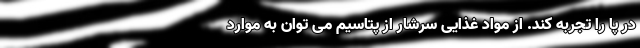
در پا را تجربه کند. از مواد غذایی سرشار از پتاسیم می توان به موارد